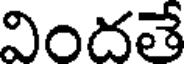
విందతే